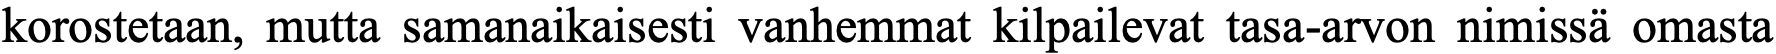
korostetaan, mutta samanaikaisesti vanhemmat kilpailevat tasa-arvon nimissä omasta